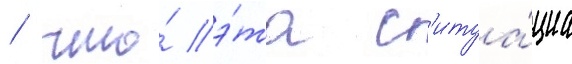
/ что́ э́та с'итуа́циа